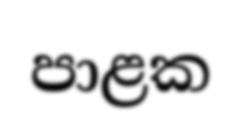
පාළක